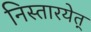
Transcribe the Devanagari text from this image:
निस्तारयेत्